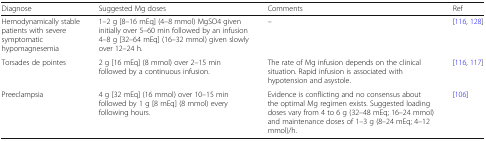
<table><thead><tr><td><b>Diagnose</b></td><td><b>Suggested Mg doses</b></td><td><b>Comments</b></td><td><b>Ref</b></td></tr></thead><tbody><tr><td>Hemodynamically stable patients with severe symptomatic hypomagnesemia</td><td>1–2 g [8–16 mEq] (4–8 mmol) MgSO4 given initially over 5–60 min followed by an infusion 4–8 g [32–64 mEq] (16–32 mmol) given slowly over 12–24 h.</td><td>–</td><td>[116, 128]</td></tr><tr><td>Torsades de pointes</td><td>2 g [16 mEq] (8 mmol) over 2–15 min followed by a continuous infusion.</td><td>The rate of Mg infusion depends on the clinical situation. Rapid infusion is associated with hypotension and asystole.</td><td>[116, 117]</td></tr><tr><td>Preeclampsia</td><td>4 g [32 mEq] (16 mmol) over 10–15 min followed by 1 g [8 mEq] (8 mmol) every following hours.</td><td>Evidence is conflicting and no consensus about the optimal Mg regimen exists. Suggested loading doses vary from 4 to 6 g (32–48 mEq; 16–24 mmol) and maintenance doses of 1–3 g (8–24 mEq; 4–12 mmol)/h.</td><td>[106]</td></tr></tbody></table>